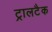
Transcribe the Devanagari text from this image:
ट्रालटैक